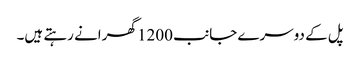
پل کے دوسرے جانب 1200 گھرانے رہتے ہیں۔